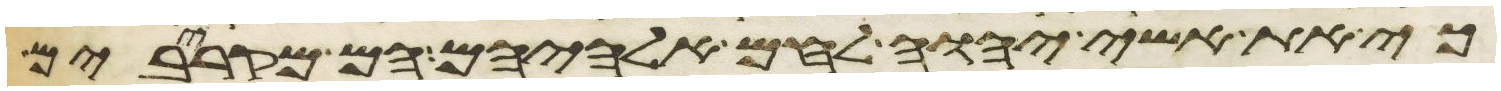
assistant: כי את אשי יהוה לחם אלהיהם הם מקרבים